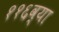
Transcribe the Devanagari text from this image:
११६व्या